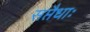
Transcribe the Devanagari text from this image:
सप्तैधाः